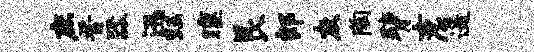
庶晋器迅珏曛艮郎灰陶臂女忍遥